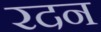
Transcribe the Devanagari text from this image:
रदन